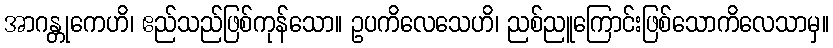
အာဂန္တုကေဟိ၊ ဧည်သည်ဖြစ်ကုန်သော။ ဥပကိလေသေဟိ၊ ညစ်ညူကြောင်းဖြစ်သောကိလေသာမှ။